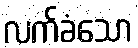
လက်ခံသော